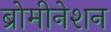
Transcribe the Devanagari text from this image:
ब्रोमीनेशन